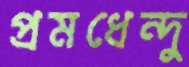
প্রমধেন্দু